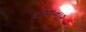
કરવનાર